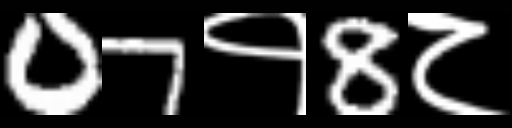
Text: 07१8८